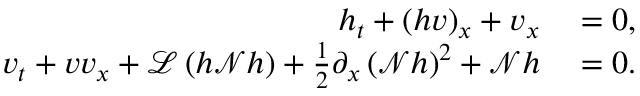
\begin{array} { r l } { h _ { t } + ( h v ) _ { x } + v _ { x } } & { { } = 0 , } \\ { v _ { t } + v v _ { x } + \mathscr { L } \left( h \mathscr { N } h \right) + \frac { 1 } { 2 } \partial _ { x } \left( \mathscr { N } h \right) ^ { 2 } + \mathscr { N } h } & { { } = 0 . } \end{array}